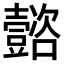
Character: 𡄻